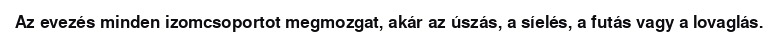
Az evezés minden izomcsoportot megmozgat, akár az úszás, a síelés, a futás vagy a lovaglás.